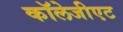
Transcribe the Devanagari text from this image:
कॉलेजीएट